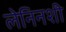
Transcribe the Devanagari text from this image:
लेनिनशी